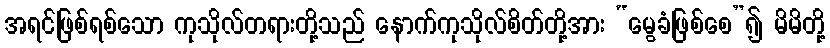
အရင်ဖြစ်ရစ်သော ကုသိုလ်တရားတို့သည် နောက်ကုသိုလ်စိတ်တို့အား “မွေခံဖြစ်စေ”၍ မိမိတို့